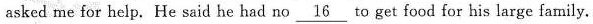
asked me for help. He said he had no \underline{16} to get food for his large family.